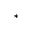
^ *